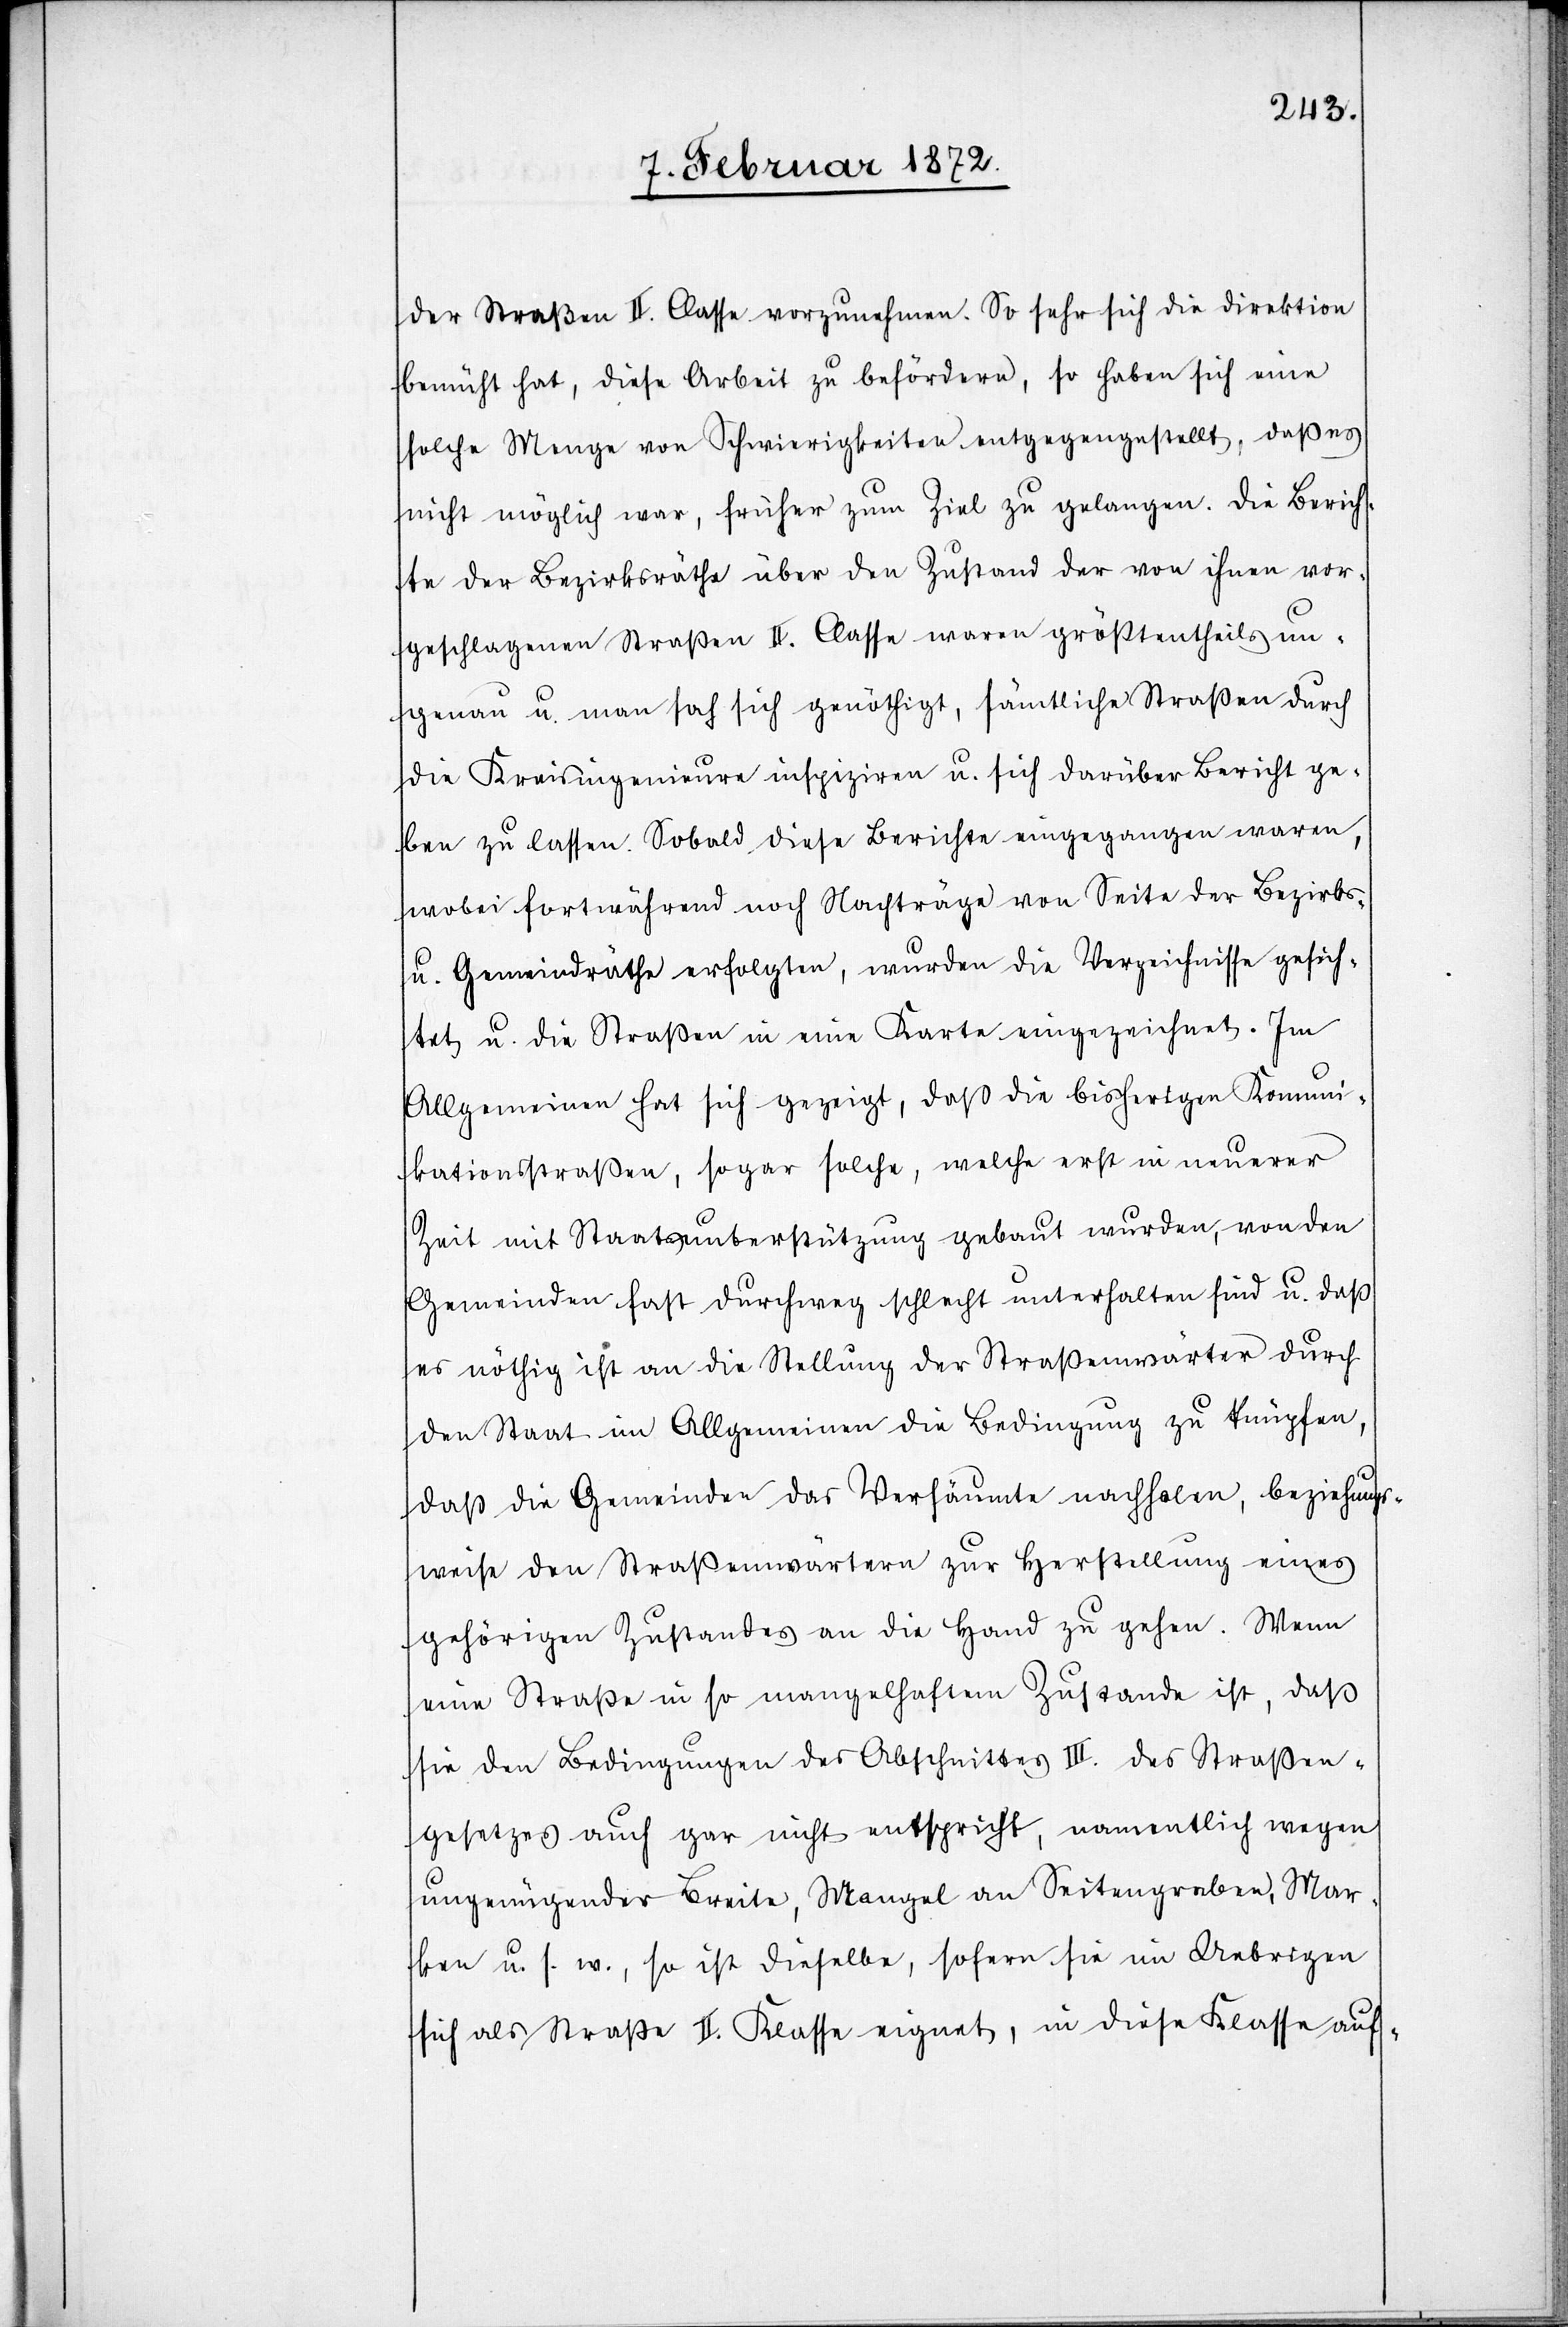
der Straßen II. Classe vorzunehmen. So sehr sich die Direktion
bemüht hat, diese Arbeit zu befördern, so haben sich eine
solche Menge von Schwierigkeiten entgegengestellt, daß es
nicht möglich war, früher zum Ziel zu gelangen. Die Berich¬
te der Bezirksräthe über den Zustand der von ihnen vor¬
geschlagenen Straßen II. Classe waren größtentheils un¬
genau u. man sah sich genöthigt, sämtliche Straßen durch
die Kreisingenieure inspiziren u. sich darüber Bericht ge¬
ben zu lassen. Sobald diese Berichte eingegangen waren,
wobei fortwährend noch Nachträge von Seite der Bezirks-
u. Gemeindräthe erfolgten, wurden die Verzeichnisse gesich¬
tet u. die Straßen in eine Karte eingezeichnet. Im
Allgemeinen hat sich gezeigt, daß die bisherigen Kommuni¬
kationsstraßen, sogar solche, welche erst in neuerer
Zeit mit Staatsunterstützung gebaut wurden, von den
Gemeinden fast durchweg schlecht unterhalten sind u. daß
es nöthig ist an die Stellung der Straßenwärter durch
den Staat im Allgemeinen die Bedingung zu knüpfen,
daß die Gemeinden das Versäumte nachholen, beziehungs¬
weise den Straßenwärtern zur Herstellung eines
gehörigen Zustandes an die Hand zu gehen. Wenn
eine Straße in so mangelhaftem Zustande ist, daß
sie den Bedingungen des Abschnittes III. des Straßen¬
gesetzes auch gar nicht entspricht, namentlich wegen
ungenügender Breite, Mangel an Seitengraben, Mar¬
ken u. s w., so ist dieselbe, sofern sie im Uebrigen
sich als Straße II. Klasse eignet, in diese Klasse auf-